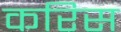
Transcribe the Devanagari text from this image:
करिस